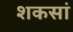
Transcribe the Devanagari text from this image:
शकसां